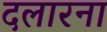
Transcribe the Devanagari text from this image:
दलारना